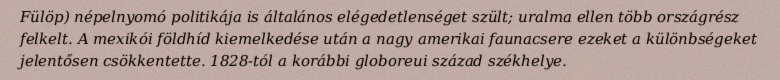
Fülöp) népelnyomó politikája is általános elégedetlenséget szült; uralma ellen több országrész felkelt. A mexikói földhíd kiemelkedése után a nagy amerikai faunacsere ezeket a különbségeket jelentősen csökkentette. 1828-tól a korábbi globoreui század székhelye.